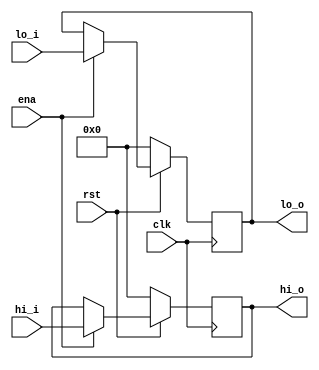



module hilo_reg(

	input clk,
	input rst,
	
	input 	ena,
	input[31:0]   hi_i,
	input[31:0]   lo_i,
	

	output reg[31:0] hi_o,
	output reg[31:0] lo_o


);

	always@( posedge clk) begin
		if(!rst ) begin
			hi_o <= 0;
			lo_o <= 0;
		end
		else if(ena) begin
			hi_o <= hi_i;
			lo_o <= lo_i;
		end
	end


endmodule